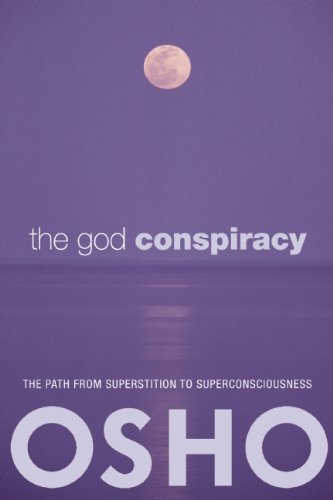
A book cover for The God Conspiracy: The Path from Superstition to Super Consciousness; Osho; Religion & Spirituality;